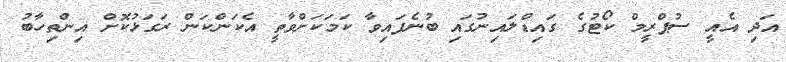
އަދި އެއީ ސުޕްރީމް ކޯޓުގެ ގައިޑްލައިނުގައި ބުނެފައިވާ ކަމަކަށްވާތީ އެކަންކަން ރަގަޅުކޮށް އިންތިހާބު